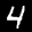
Label: 4